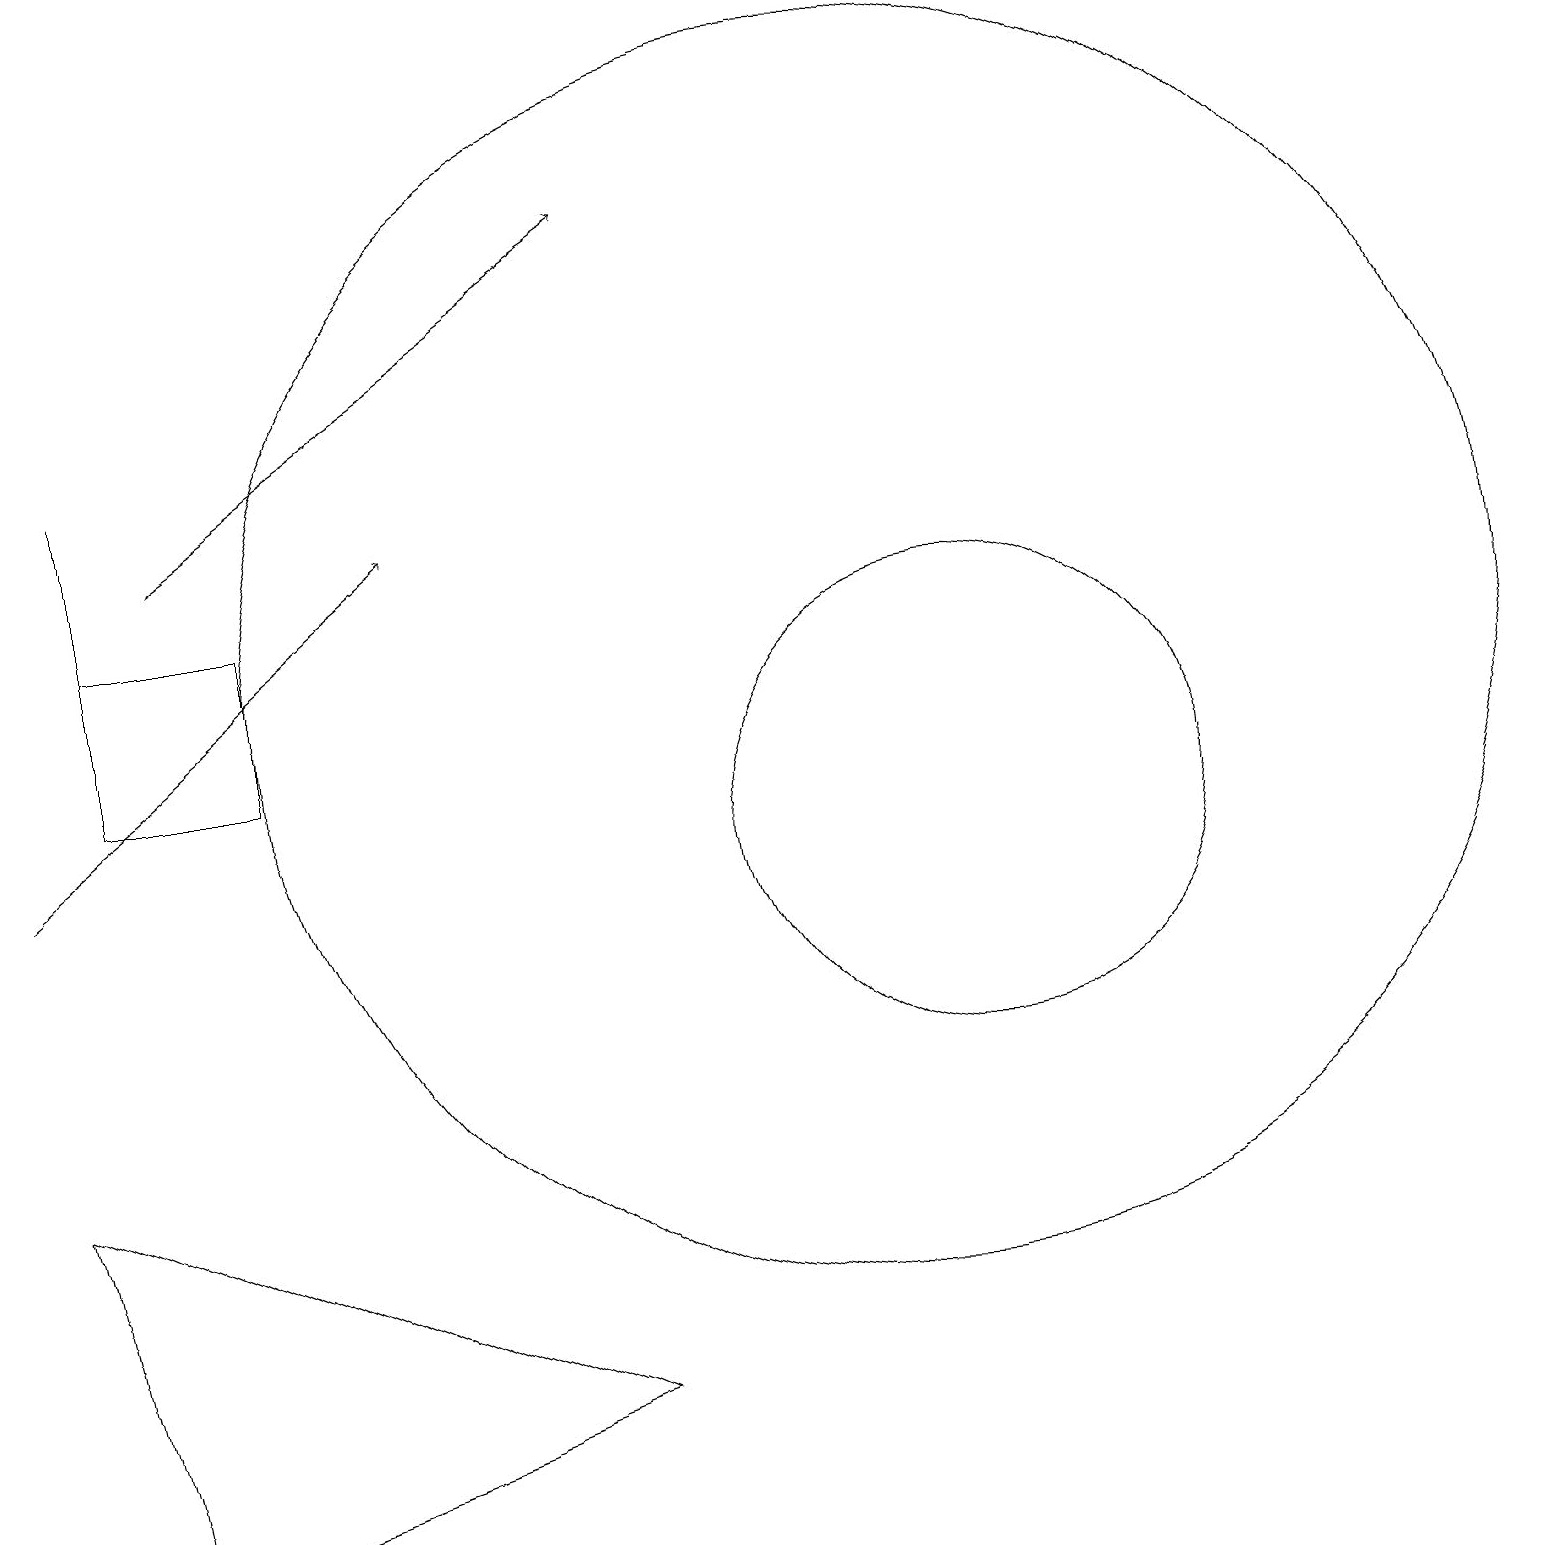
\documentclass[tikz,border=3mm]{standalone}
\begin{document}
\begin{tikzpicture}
\draw[->] (2,14) -- (8,18);
\draw (12,10) circle (3);
\draw (1,12) rectangle (1,15);
\draw (11,12) circle (8);
\draw (1,1) -- (7,3) -- (0,6) -- cycle;
\draw (1,11) rectangle (3,13);
\draw[->] (0,10) -- (5,14);
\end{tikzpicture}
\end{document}